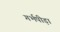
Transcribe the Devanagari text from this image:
गर्भपीड़ा